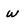
Character: w